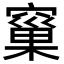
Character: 窼